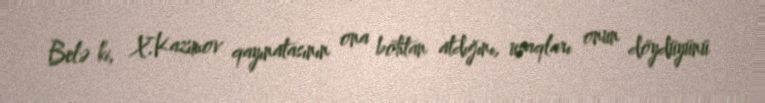
Belə ki, X.Kazımov qayınatasının ona böhtan atdığını, uşaqları onun döydüyünü